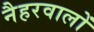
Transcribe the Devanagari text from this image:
नैहरवालों